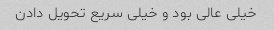
خیلی عالی بود و خیلی سریع تحویل دادن